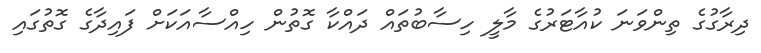
ދިރާގުގެ ތިންވަނަ ކުއާޓަރުގެ މާލީ ހިސާބުތައް ދައްކާ ގޮތުން ހިއްސާއަކަށް ފައިދާގެ ގޮތުގައި